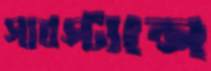
সাবস্ট্যান্স